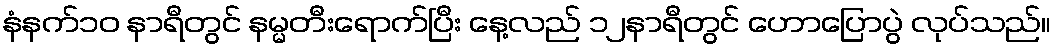
နံနက်၁၀ နာရီတွင် နမ္မတီးရောက်ပြီး နေ့လည် ၁၂နာရီတွင် ဟောပြောပွဲ လုပ်သည်။